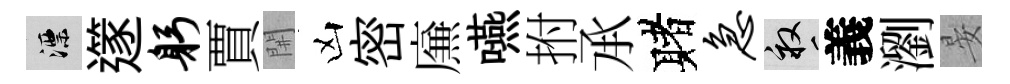
漂𨗹躬賈𨳩凶密㢘嚥拊𠄘赌急畝義瀏晏